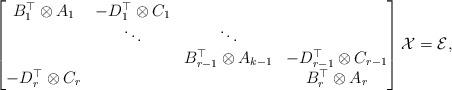
LaTeX: \begin{align*}\begin{bmatrix}B_{1}^\top \otimes A_1 & - D_{1}^\top \otimes C_1 \\& \ddots & \ddots\\&& B_{r-1}^\top \otimes A_{k-1} & - D_{r-1}^\top \otimes C_{r-1} \\-D_{r}^\top \otimes C_{r} &&& B_{r}^\top \otimes A_{r} \\\end{bmatrix} {\cal X} ={\cal E},\end{align*}